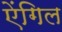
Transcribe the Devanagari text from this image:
ऐंगिल